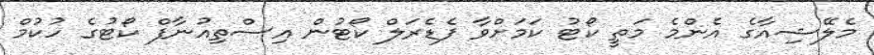
މެލޭޝިއާގެ އެންމެ މަތީ ކޯޓު ކަމަށްވާ ފެޑެރަލް ކޯޓުން އިސްތިއުނާފް ކޯޓުގެ ހުކުމް